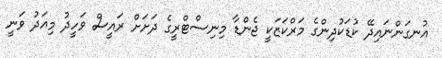
އުނގަންނައިދޭ ކުޑަކުދިންގެ މަރްކަޒަކީ ޖެންޑާ މިނިސްޓްރީގެ ދަށަށް ރައީސް ވަހީދު މިއަދު ވަނީ